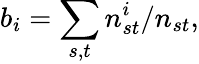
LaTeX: b_{i}=\sum_{s,t}n_{st}^{i}/n_{st},